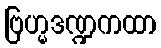
ဗြဟ္မဒဏ္ဍကထာ